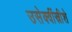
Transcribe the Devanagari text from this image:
उसेक्वींस्रीशे